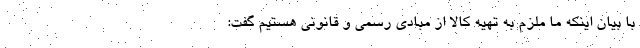
با بيان اينكه ما ملزم به تهيه كالا از مبادي رسمي و قانوني هستيم گفت: